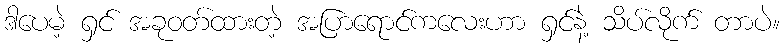
ဒါပေမဲ့ ရှင် အခုဝတ်ထားတဲ့ အပြာရောင်ကလေးဟာ ရှင်နဲ့ သိပ်လိုက် တာပဲ။